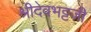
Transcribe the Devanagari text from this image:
श्रीदेवभट्टजी